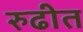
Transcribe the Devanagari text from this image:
रुढीत